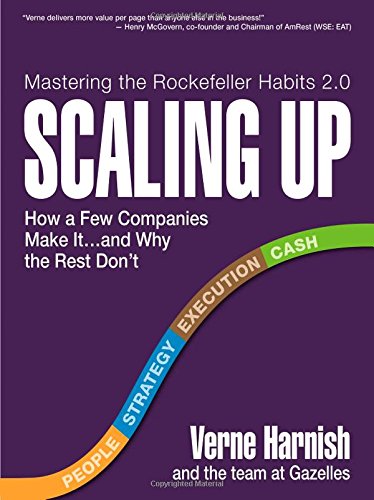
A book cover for Scaling Up: How a Few Companies Make It...and Why the Rest Don't (Rockefeller Habits 2.0); Verne Harnish; Business & Money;